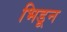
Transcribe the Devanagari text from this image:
भिडून